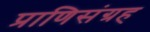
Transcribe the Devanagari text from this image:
प्राणिसंग्रह